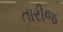
તારીજ